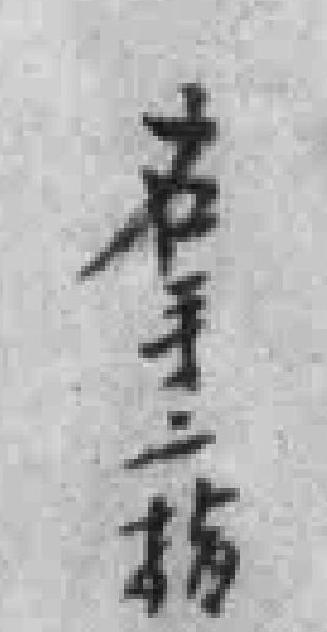
右手二指